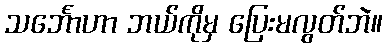
သင်္ဘောဟာ ဘယ်ကိုမှ ပြေးမလွတ်ဘဲ။